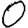
Digit: 0